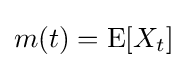
m(t)=\operatorname {E} [X_{t}]